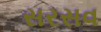
સરસવ